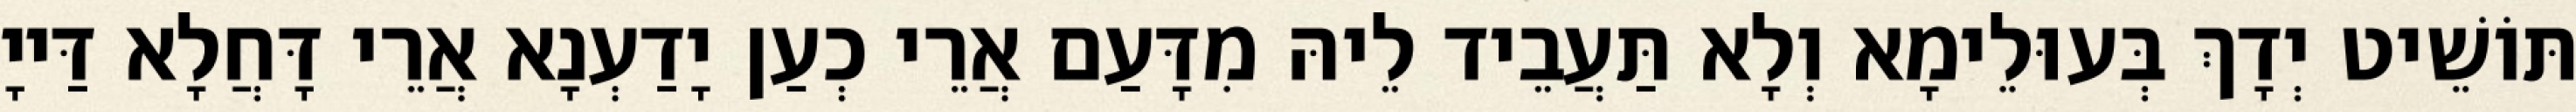
תּוֹשֵׁיט יְדָךְ בְּעוּלֵימָא וְלָא תַּעֲבֵיד לֵיהּ מִדָּעַם אֲרֵי כְעַן יָדַעְנָא אֲרֵי דָּחֲלָא דַּייָ